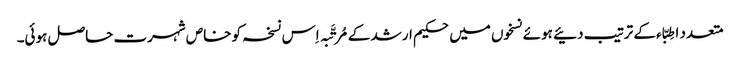
متعدد اطِبّاء کے ترتیب دئیے ہوئے نسخوں میں حکیم ارشد کے مُرتَّبہ اِس نسخہ کو خاص شہرت حاصل ہوئی۔